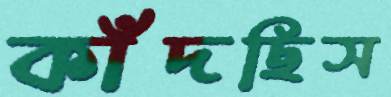
কাঁদছিস